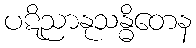
ပဋိညာနုသန္ဓိတေန